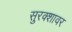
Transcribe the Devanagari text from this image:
सुरक्शावर